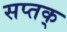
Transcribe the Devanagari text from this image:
सप्तक्